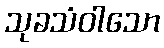
သုခသံဝါသော